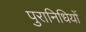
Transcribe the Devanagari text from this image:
पुरानिधियों